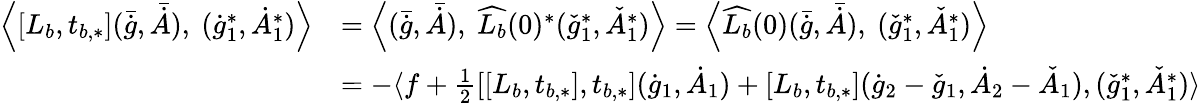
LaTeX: \begin{array}{rl}{\Big\langle[L_{b},t_{b,*}](\bar{\dot{g}},\bar{\dot{A}}),\ (\dot{g}_{1}^{*},\dot{A}_{1}^{*})\Big\rangle}&{=\Big\langle(\bar{\dot{g}},\bar{\dot{A}}),\ \widehat{L_{b}}(0)^{*}(\check{g}_{1}^{*},\check{A}_{1}^{*})\Big\rangle=\Big\langle\widehat{L_{b}}(0)(\bar{\dot{g}},\bar{\dot{A}}),\ (\check{g}_{1}^{*},\check{A}_{1}^{*})\Big\rangle}\\ &{=-\langle f+\frac{1}{2}[[L_{b},t_{b,*}],t_{b,*}](\dot{g}_{1},\dot{A}_{1})+[L_{b},t_{b,*}](\dot{g}_{2}-\check{g}_{1},\dot{A}_{2}-\check{A}_{1}),(\check{g}_{1}^{*},\check{A}_{1}^{*})\rangle}\end{array}